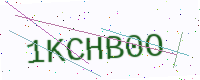
Text: 1KCHB0O